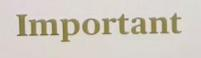
Important